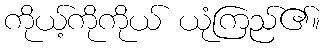
ကိုယ့်ကိုကိုယ် ယုံကြည်၏။